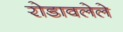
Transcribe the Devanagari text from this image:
रोडावलेले